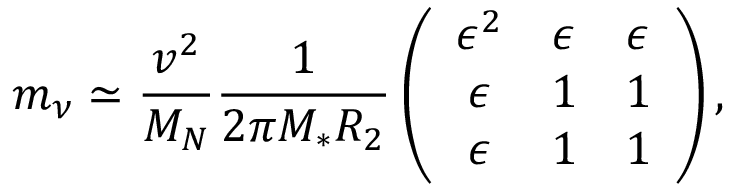
m _ { \nu } \simeq \frac { v ^ { 2 } } { M _ { N } } \frac { 1 } { 2 \pi M _ { \ast } R _ { 2 } } \left( \begin{array} { c c c } { { \epsilon ^ { 2 } } } & { { \epsilon } } & { { \epsilon } } \\ { { \epsilon } } & { { 1 } } & { { 1 } } \\ { { \epsilon } } & { { 1 } } & { { 1 } } \end{array} \right) ,